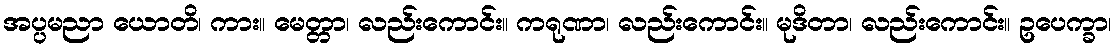
အပ္ပမညာ ယောတိ၊ ကား။ မေတ္တာ၊ လည်းကောင်း။ ကရုဏာ၊ လည်းကောင်း။ မုဒိတာ၊ လည်းကောင်း။ ဥပေက္ခာ၊